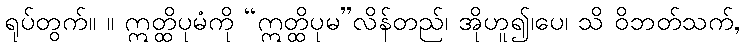
ရုပ်တွက်။ ။ ဣတ္ထိပုမံကို “ဣတ္ထိပုမ”လိန်တည်၊ အိုဟူ၍၊ပေ၊ သိ ဝိဘတ်သက်,